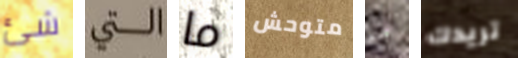
شئ التي ما متوحش ما تريدك